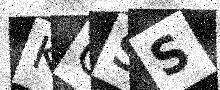
Text: KGSS